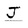
Character: J